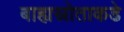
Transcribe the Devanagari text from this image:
बाह्यस्रोताकडे